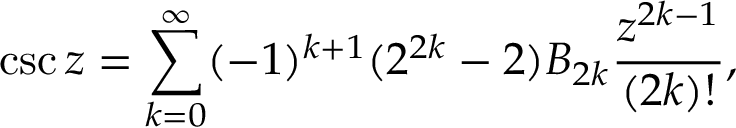
\csc z = \sum _ { k = 0 } ^ { \infty } ( - 1 ) ^ { k + 1 } ( 2 ^ { 2 k } - 2 ) B _ { 2 k } { \frac { z ^ { 2 k - 1 } } { ( 2 k ) ! } } ,